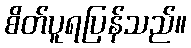
စိတ်ပူရပြန်သည်။